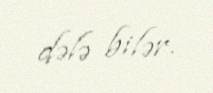
dələ bilər.